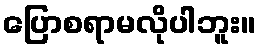
ပြောစရာမလိုပါဘူး။